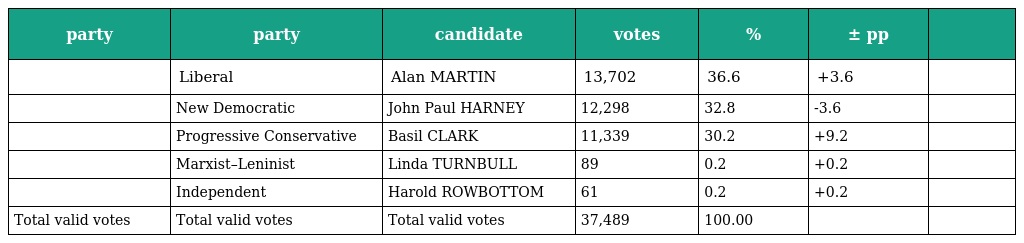
| party | party | candidate | votes | % | ± pp |  |
 | --- | --- | --- | --- | --- | --- | --- |
 |  | Liberal | Alan MARTIN | 13,702 | 36.6 | +3.6 |  |
 |  | New Democratic | John Paul HARNEY | 12,298 | 32.8 | -3.6 |  |
 |  | Progressive Conservative | Basil CLARK | 11,339 | 30.2 | +9.2 |  |
 |  | Marxist–Leninist | Linda TURNBULL | 89 | 0.2 | +0.2 |  |
 |  | Independent | Harold ROWBOTTOM | 61 | 0.2 | +0.2 |  |
 | Total valid votes | Total valid votes | Total valid votes | 37,489 | 100.00 |  |  |